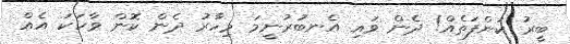
ބީރު ކަންފަތެއް! ދެން ވައި އެނބުރުނީމަ މިހާރު ދެން ކޮން ވާހަކަ އެއް